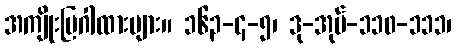
အကျိုးပြဂါထားများ။ ၁၆၃-၄-၅၊ ဒု-အုပ်-၁၁၀-၁၁၁၊